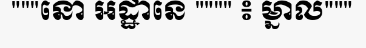
"""នោ អដ្ឋានេ """" ៖ ម្នាល"""